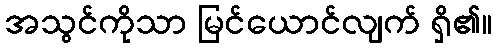
အသွင်ကိုသာ မြင်ယောင်လျက် ရှိ၏။